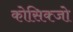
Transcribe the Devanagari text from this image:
कोसिक्जो